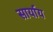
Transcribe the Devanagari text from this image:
सार्याय